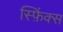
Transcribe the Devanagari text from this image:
स्फ़िंक्स